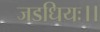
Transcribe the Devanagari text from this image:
जडधियः।।